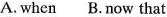
A. when B.Now that